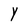
Character: Y